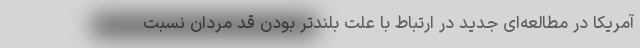
آمریکا در مطالعه‌ای جدید در ارتباط با علت بلندتر بودن قد مردان نسبت